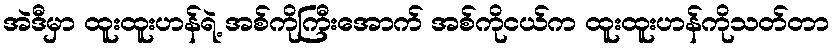
အဲဒီမှာ ထူးထူးဟန်ရဲ့ အစ်ကိုကြီးအောက် အစ်ကိုငယ်က ထူးထူးဟန်ကိုသတ်တာ